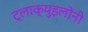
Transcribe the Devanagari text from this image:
ट्लाक्युइलोंनी